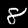
Label: 8